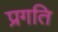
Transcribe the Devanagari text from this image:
प्रगति